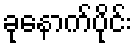
ခုနောက်ပိုင်း